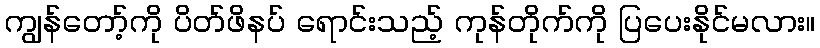
ကျွန်တော့်ကို ပိတ်ဖိနပ် ရောင်းသည့် ကုန်တိုက်ကို ပြပေးနိုင်မလား။